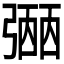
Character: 𢐡